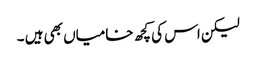
لیکن اس کی کچھ خامیاں بھی ہیں ۔